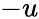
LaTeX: -u